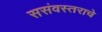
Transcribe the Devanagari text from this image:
ससंवस्तराचे